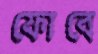
ফোবে